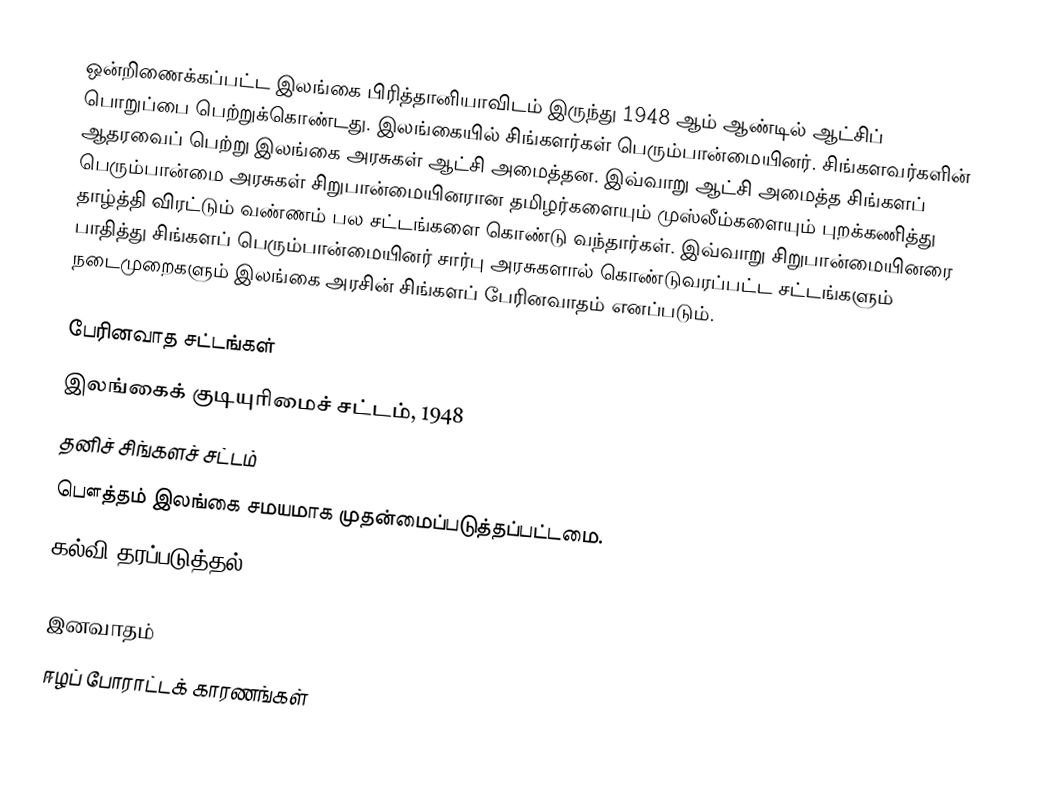
ஒன்றிணைக்கப்பட்ட இலங்கை பிரித்தானியாவிடம் இருந்து 1948 ஆம் ஆண்டில் ஆட்சிப் பொறுப்பை பெற்றுக்கொண்டது. இலங்கையில் சிங்களர்கள் பெரும்பான்மையினர். சிங்களவர்களின் ஆதரவைப் பெற்று இலங்கை அரசுகள் ஆட்சி அமைத்தன.  இவ்வாறு ஆட்சி அமைத்த சிங்களப் பெரும்பான்மை அரசுகள் சிறுபான்மையினரான தமிழர்களையும் முஸ்லீம்களையும் புறக்கணித்து தாழ்த்தி விரட்டும் வண்ணம் பல சட்டங்களை கொண்டு வந்தார்கள்.  இவ்வாறு சிறுபான்மையினரை பாதித்து சிங்களப் பெரும்பான்மையினர் சார்பு அரசுகளால் கொண்டுவரப்பட்ட சட்டங்களும் நடைமுறைகளும் இலங்கை அரசின் சிங்களப் பேரினவாதம் எனப்படும்.

பேரினவாத சட்டங்கள்
 இலங்கைக் குடியுரிமைச் சட்டம், 1948
 தனிச் சிங்களச் சட்டம்
 பௌத்தம் இலங்கை சமயமாக முதன்மைப்படுத்தப்பட்டமை.
 கல்வி தரப்படுத்தல்

இனவாதம்
ஈழப் போராட்டக் காரணங்கள்